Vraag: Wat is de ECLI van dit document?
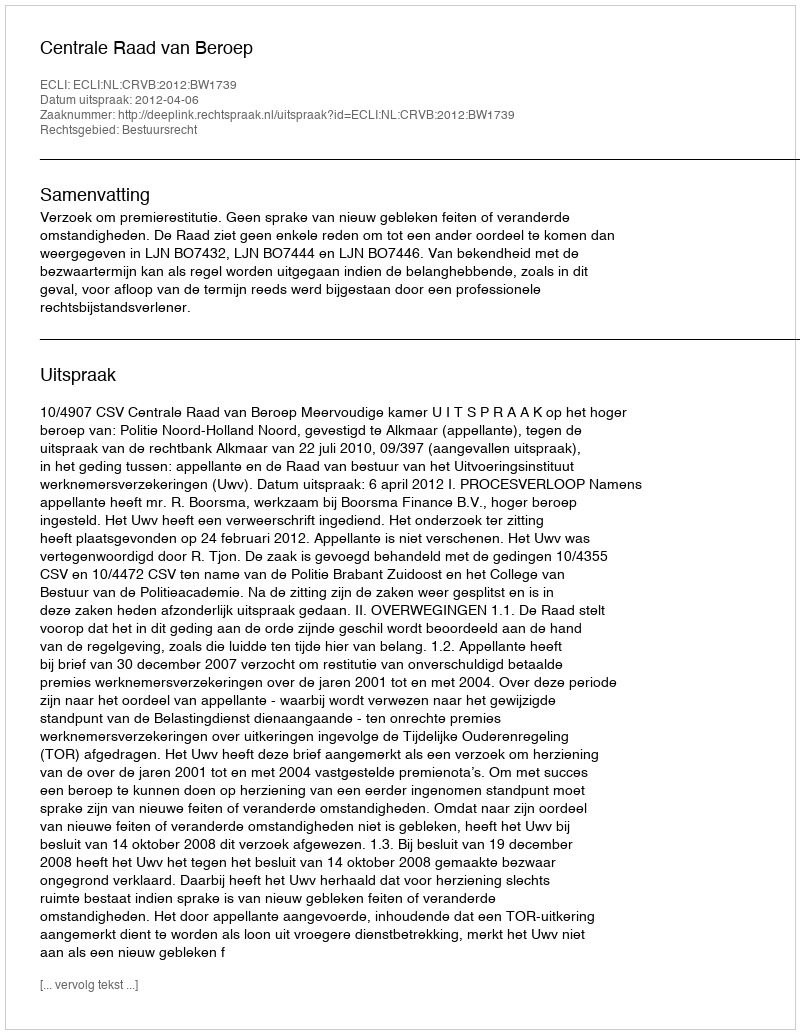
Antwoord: ECLI:NL:CRVB:2012:BW1739